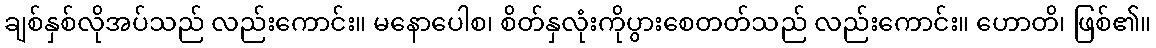
ချစ်နှစ်လိုအပ်သည် လည်းကောင်း။ မနောပေါစ၊ စိတ်နှလုံးကိုပွားစေတတ်သည် လည်းကောင်း။ ဟောတိ၊ ဖြစ်၏။